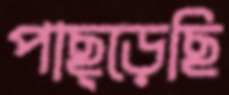
পাছ্‌ড়েছি